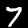
Label: 7